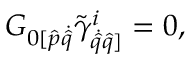
G _ { { 0 } [ \hat { p } { \dot { \hat { q } } } } \tilde { \gamma } _ { \dot { \hat { q } } { \hat { q } ] } } ^ { i } = 0 ,